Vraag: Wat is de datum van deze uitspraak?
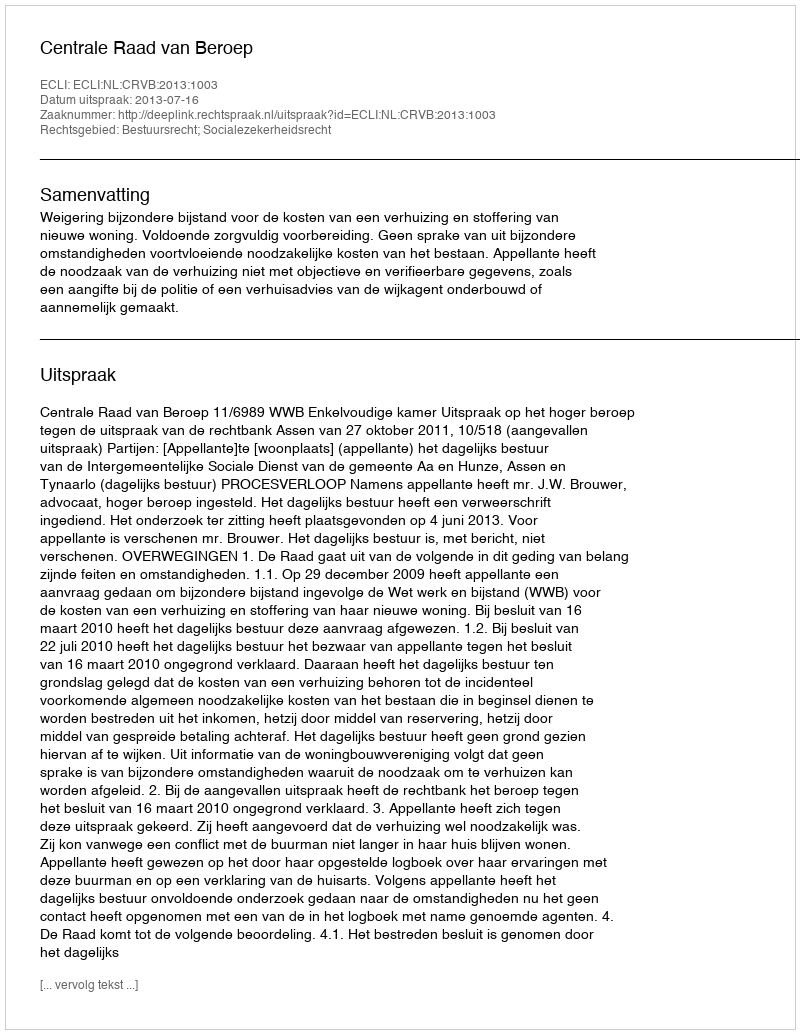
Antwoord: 2013-07-16